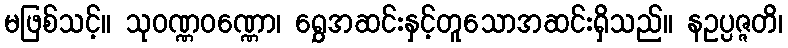
မဖြစ်သင့်။ သုဝဏ္ဏဝဏ္ဏော၊ ရွှေအဆင်းနှင့်တူသောအဆင်းရှိသည်။ နဥပ္ပဇ္ဇတိ၊